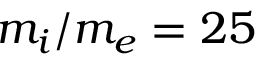
m _ { i } / m _ { e } = 2 5